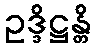
ဥဒ္ဒိဋ္ဌန္တိ